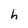
Character: h